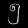
Digit: ၅